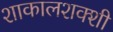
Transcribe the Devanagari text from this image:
शाकालशक्शी